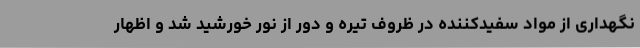
نگهداری از مواد سفیدکننده در ظروف تیره و دور از نور خورشید شد و اظهار